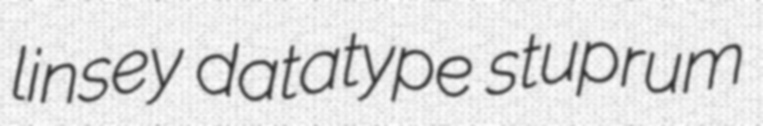
linsey datatype stuprum